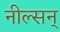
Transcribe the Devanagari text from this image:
नील्सन्